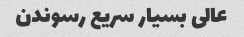
عالی بسیار سریع رسوندن